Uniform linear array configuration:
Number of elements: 64
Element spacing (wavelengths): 1
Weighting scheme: hamming
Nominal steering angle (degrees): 45
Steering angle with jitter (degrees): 43.227
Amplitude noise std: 0.05
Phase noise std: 0.05

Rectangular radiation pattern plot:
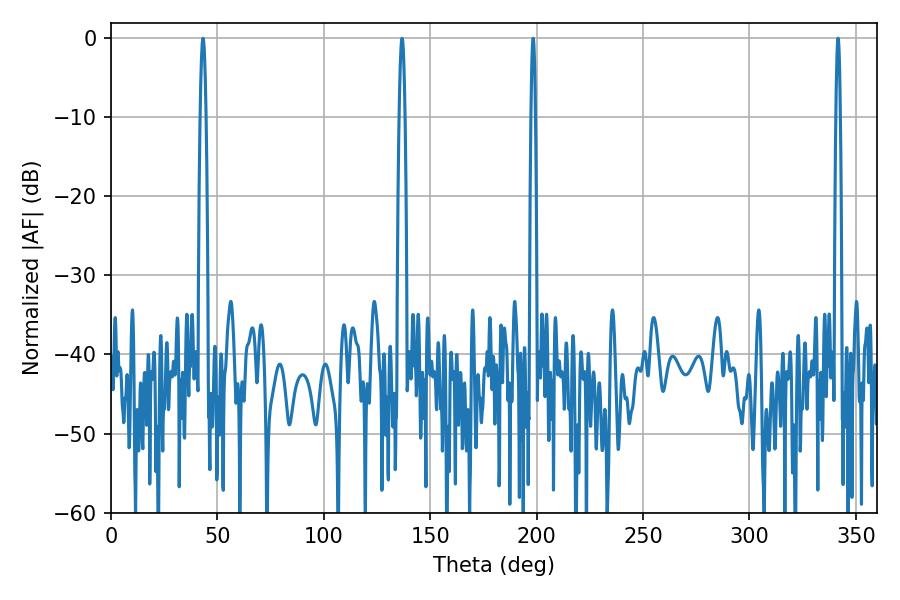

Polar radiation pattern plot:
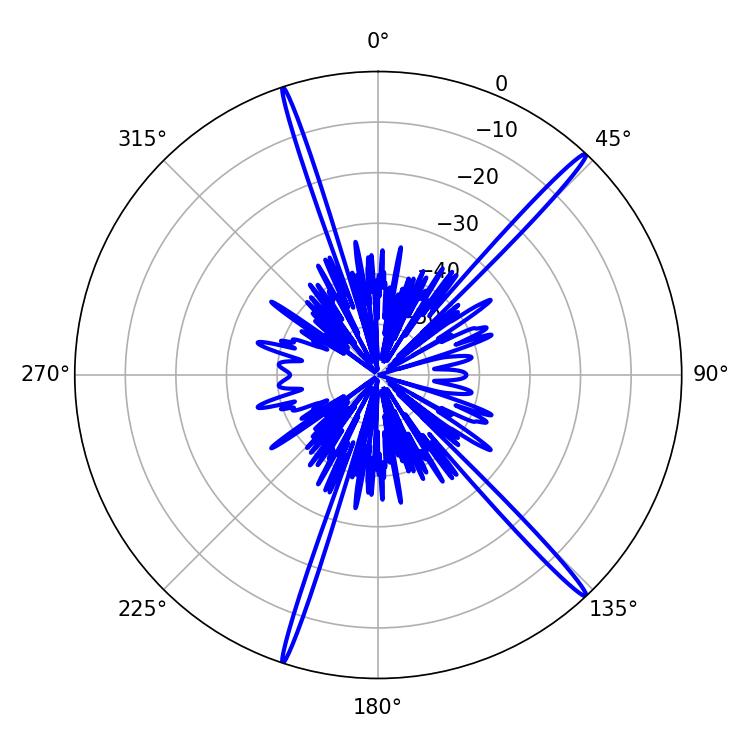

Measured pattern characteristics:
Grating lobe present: TRUE
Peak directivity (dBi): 18.841
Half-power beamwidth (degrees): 1.08
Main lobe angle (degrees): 198.36